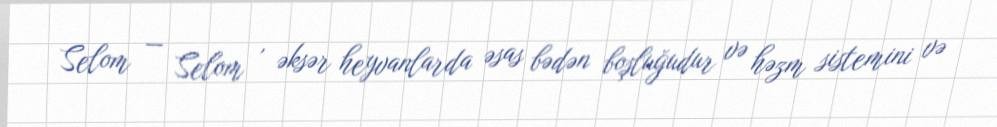
Selom — Selom , əksər heyvanlarda əsas bədən boşluğudur və həzm sistemini və